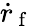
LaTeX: \dot{r}_{\mathrm{~f~}}